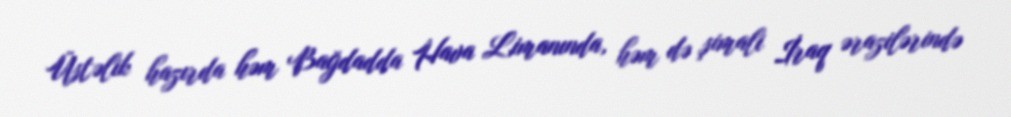
Üstəlik hazırda həm Bağdadda Hava Limanında, həm də şimali İraq ərazilərində